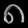
Digit: ၈